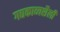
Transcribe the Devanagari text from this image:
गद्यकाव्यशैली